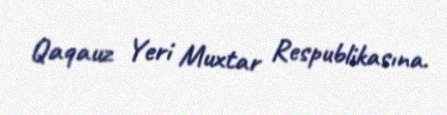
Qaqauz Yeri Muxtar Respublikasına.